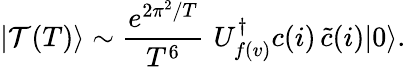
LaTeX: |\mathcal{T}(T)\rangle\sim\frac{e^{2\pi^{2}/T}}{T^{6}}\, \, U_{f(v)}^{\dagger}c(i)\, \tilde{c}(i)|0\rangle.